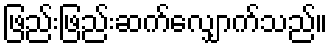
ဖြည်းဖြည်းဆက်လျှောက်သည်။